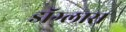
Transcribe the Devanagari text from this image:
डॉग्लास